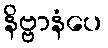
နိဗ္ဗာနံပေ